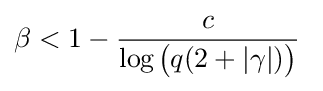
\beta <1-{\frac {c}{\log \!\!\;{\big (}q(2+|\gamma |){\big )}}}\